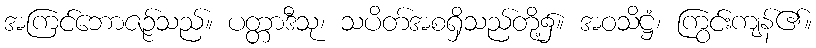
အကြင်ဘောဇဉ်သည်။ ပတ္တာဒီသု၊ သပိတ်အစရှိသည်တို့၌။ အဝသိဋ္ဌံ၊ ကြွင်းကျန်၏။